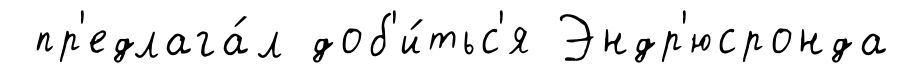
пр'едлага́л доб'и́тьс'я Эндр'юсронда